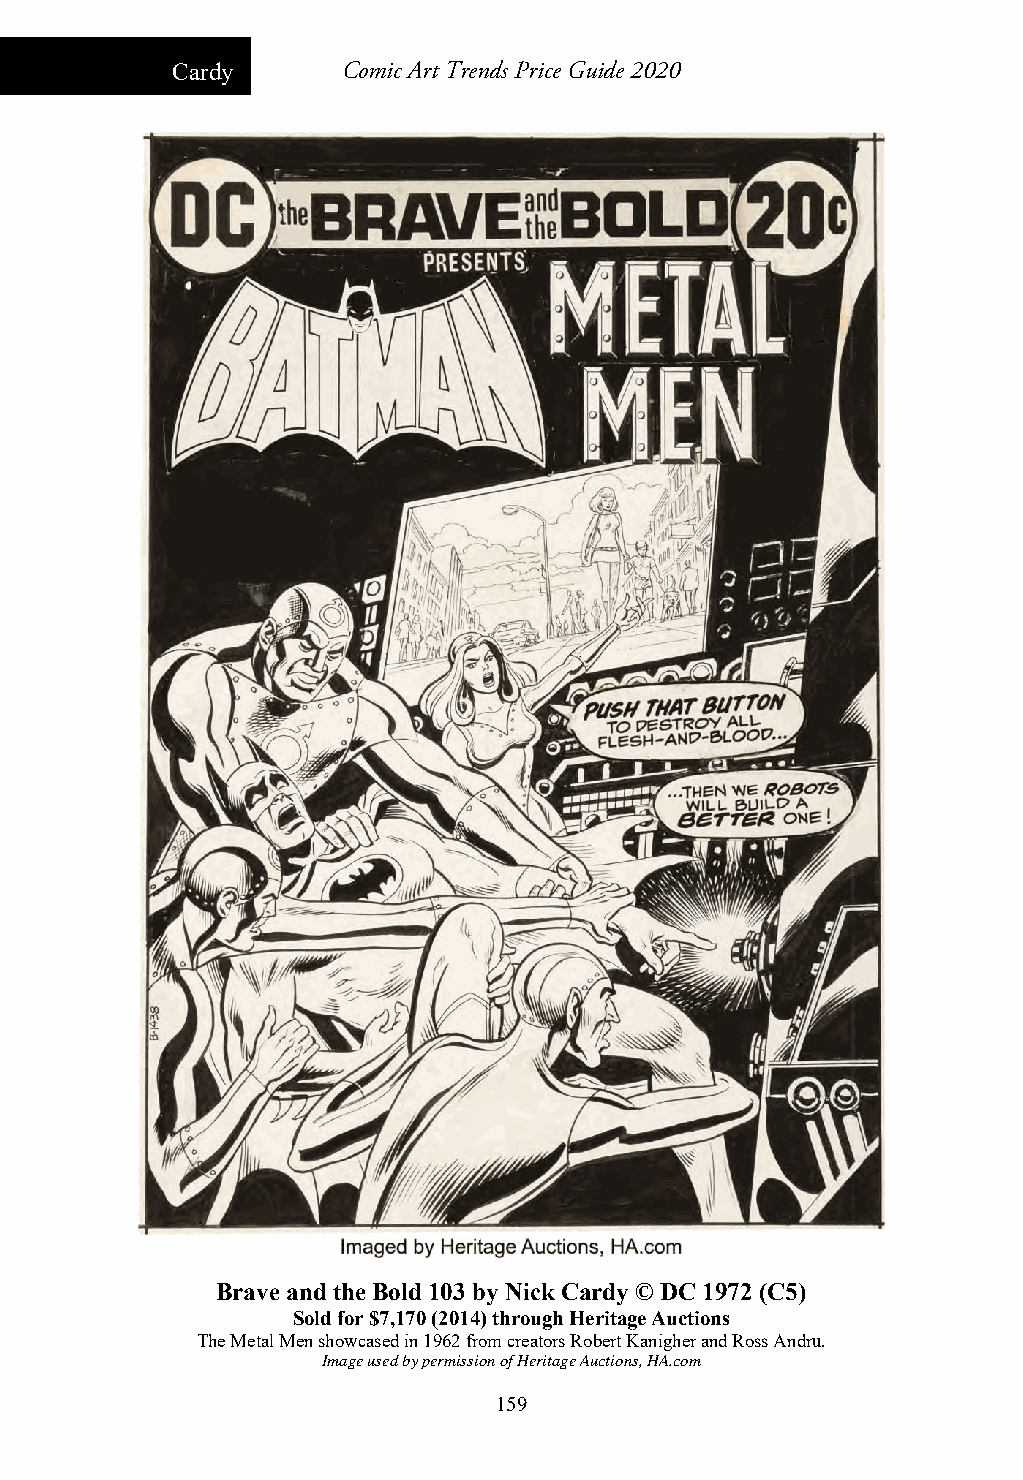
Cardy       Comic Art Trends Price Guide 2020
 Brave and the Bold 103 by Nick Cardy © DC 1972 (C5)
 Sold for $7,170 (2014) through Heritage Auctions
 The Metal Men showcased in 1962 from creators Robert Kanigher and Ross Andru.
 Image used by permission of Heritage Auctions, HA.com
 159